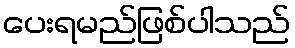
ပေးရမည်ဖြစ်ပါသည်